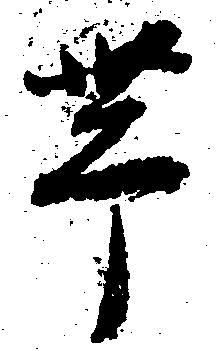
帯